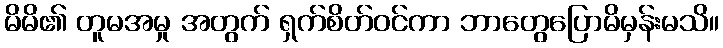
မိမိ၏ တူမအမှု အတွက် ရှက်စိတ်ဝင်ကာ ဘာတွေပြောမိမှန်းမသိ။